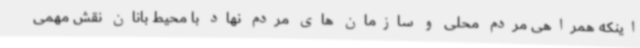
اینکه همراهی مردم محلی و سازمان های مردم نهاد با محیط بانان نقش مهمی